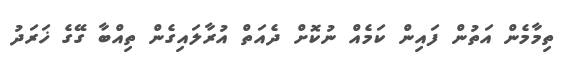
ތިމާމެން އަތުން ފައިން ކަމެއް ނުކޮށް ދެއަތް އުރާލައިގެން ތިއްބާ ގޭގެ ޚަރަދު